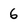
Character: 6